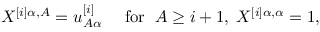
X ^ { [ i ] \alpha , A } = u _ { A \alpha } ^ { [ i ] } \quad \mathrm { ~ f o r ~ } \; A \geq i + 1 , \; X ^ { [ i ] \alpha , \alpha } = 1 ,